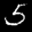
Label: 5